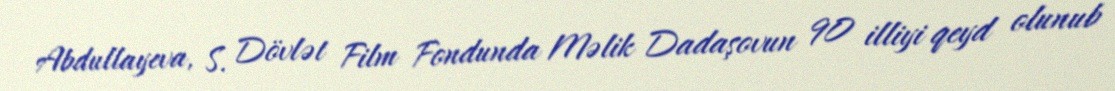
Abdullayeva, S. Dövlət Film Fondunda Məlik Dadaşovun 90 illiyi qeyd olunub